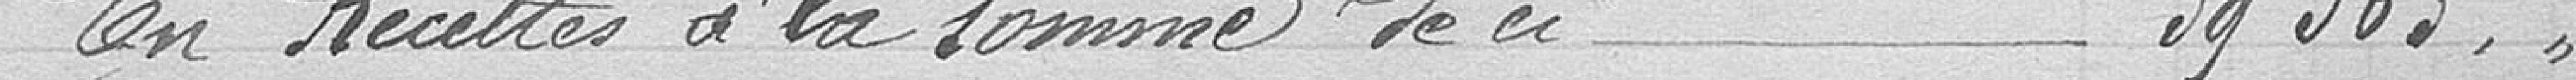
En recettes à la somme de ci                                   39363,00